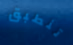
تنطبق